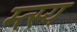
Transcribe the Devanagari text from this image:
म्त्स्य